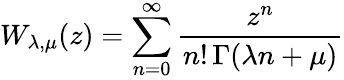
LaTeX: W_{\lambda,\mu}(z)=\sum_{n=0}^{\infty}\frac{z^{n}}{n!\, \Gamma(\lambda n+\mu)}